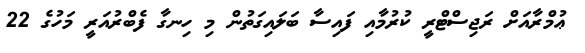
ޢުމްރާއަށް ރަޖިސްޓްރީ ކުރުމާއި ފައިސާ ބަލައިގަތުން މި ހިނގާ ފެބްރުއަރީ މަހުގެ 22